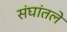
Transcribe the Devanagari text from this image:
संघांतले